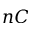
n C